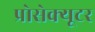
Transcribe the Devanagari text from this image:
प्रोसेक्यूटर